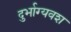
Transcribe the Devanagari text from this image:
दुर्भाग्‍यवश